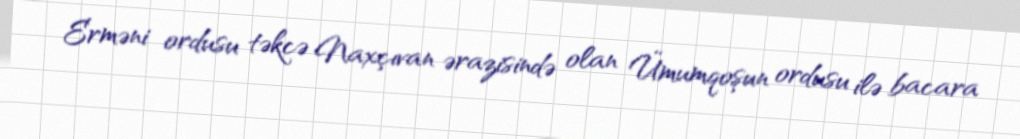
Erməni ordusu təkcə Naxçıvan ərazisində olan Ümumqoşun ordusu ilə bacara